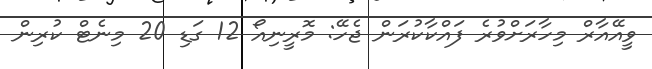
ވީއޭއާރް މިހާރަށްވުރެ ފައްކާކުރަން ޖެހޭ: މޮރީނިއޯ 12 ގަޑި 20 މިނެޓް ކުރިން